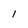
Character: l